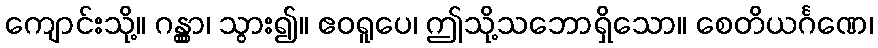
ကျောင်းသို့။ ဂန္တွာ၊ သွား၍။ ဧဝရူပေ၊ ဤသို့သဘောရှိသော။ စေတိယင်္ဂဏေ၊